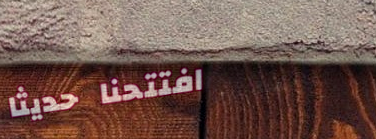
افتتحنا حديثاً